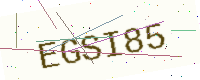
Text: EGSI85